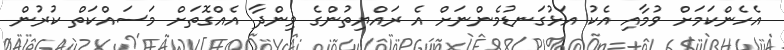
އެހެންކަމަށް ވުމާއި އެކު އަޅުގަނޑުމެންނަށް އެ ރައްޔިތުންގެ ވިންދާ އެއްގޮތަށް މަސައްކަތް ކުރުން